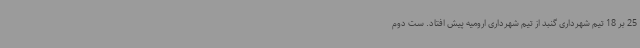
25 بر 18 تیم شهرداری گنبد از تیم شهرداری ارومیه پیش افتاد. ست دوم